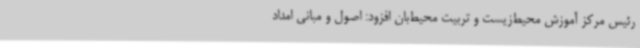
رئیس مرکز آموزش محیط‌زیست و تربیت محیط‌بان افزود: اصول و مبانی امداد